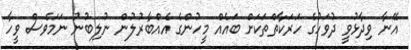
އޭނާ ވިދާޅުވީ ދުވަހުގެ ހަރަކާތްތަކަށް ބައެއް މީހުންގެ އެއްބާރުލުން ނުލިބުނު ނަމަވެސް ވީހާ